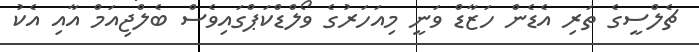
ޗެލްސީގެ ތަރި އެޑެން ހަޒާޑް ވަނީ މިއަހަރުގެ ވޯލްޑްކަޕްގައިވެސް ބެލްޖިއަމް އާއި އެކު